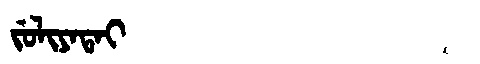
Manchu: ᠵᡠᠯᡳᠶᠠᡨᠠᡳ
Romanization: JULIYATAI